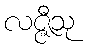
လဇ္ဇီသု